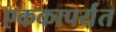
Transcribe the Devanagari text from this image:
एककापर्यंत